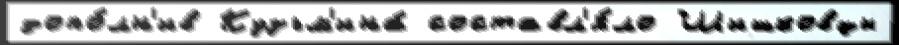
допо́лн'ив Кузьм'ина́ составл'я́ло Шишковцы